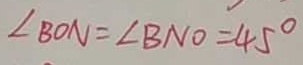
\angle B O N = \angle B N O = 4 5 ^ { \circ }